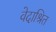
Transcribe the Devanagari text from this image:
वेदाश्रित